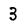
Character: 3